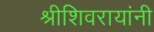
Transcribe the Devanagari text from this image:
श्रीशिवरायांनी